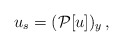
\begin{align*}u_s = ( {\mathcal P}[u])_y\,,\end{align*}